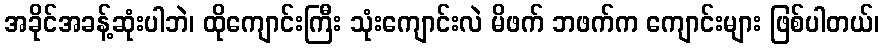
အခိုင်အခန့်ဆုံးပါဘဲ၊ ထိုကျောင်းကြီး သုံးကျောင်းလဲ မိဖက် ဘဖက်က ကျောင်းများ ဖြစ်ပါတယ်၊